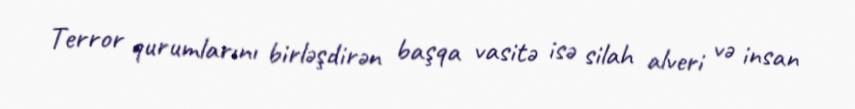
Terror qurumlarını birləşdirən başqa vasitə isə silah alveri və insan